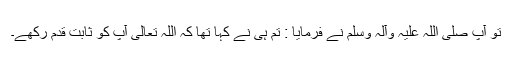
تو آپ صلی اللہ علیہ وآلہ وسلم نے فرمایا : تم ہی نے کہا تھا کہ اللہ تعالیٰ آپ کو ثابت قدم رکھے۔